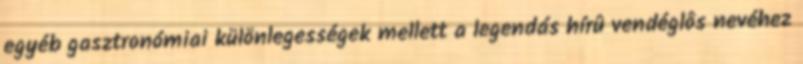
egyéb gasztronómiai különlegességek mellett a legendás hírû vendéglôs nevéhez